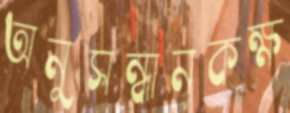
অনুসন্ধানকক্ষ